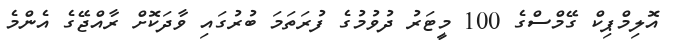
އޮލިމްޕިކް ގޭމްސްގެ 100 މީޓަރު ދުވުމުގެ ފުރަތަމަ ބުރުގައި ވާދަކޮށް ރާއްޖޭގެ އެންމެ